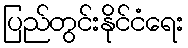
ပြည်တွင်းနိုင်ငံရေး